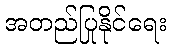
အတည်ပြုနိုင်ရေး